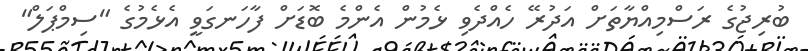
ބުރިޖުގެ ރަސްމިއްޔާތަށް އަދުރޭ ހެއްދެވި ޅެމުން އެންމެ ބޮޑަށް ފާހަނގަވީ އެޅެމުގެ "ސިމްޕަލް"